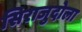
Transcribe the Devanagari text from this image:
सिराजुदोला